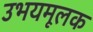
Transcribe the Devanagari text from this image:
उभयमूलक